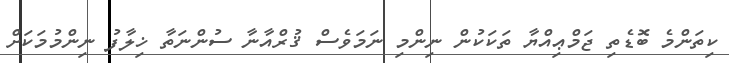
ކިތަންމެ ބޮޑެތި ޖަމްޢިއްޔާ ތަކަކުން ނިންމި ނަމަވެސް ޤުރްއާނާ ސުންނަތާ ޚިލާފު ނިންމުމަކަށް